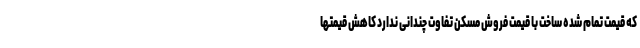
که قیمت تمام شده ساخت با قیمت فروش مسکن تفاوت چندانی ندارد کاهش قیمتها